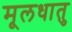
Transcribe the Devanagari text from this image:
मूलधातु